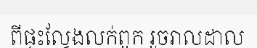
ពីផ្ទះល្វែងលក់ពូក រួចរាលដាល